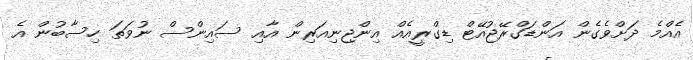
އެއްމެ ދަށްވެގެން އަންޑަގްރޭޖުއޭޓް ޑިގްރީއެއް އިންޖިނިއަރިން އާއި ސައިންސް ނުވަތަ ހިސާބުން އެ